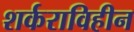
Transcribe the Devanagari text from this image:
शर्कराविहीन